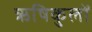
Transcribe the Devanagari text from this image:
ऋषिकुलों